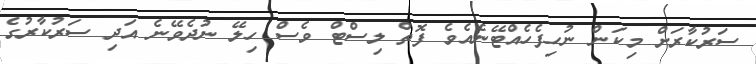
ސަރުކާރަށް މިކަން ނުހިފެހެއްޓޭނެއެވެ ފޮތް ލިސްޓް ވެސް ހިލޭ ނުދެވޭނެ އަދި ސަރުކާރުގެ